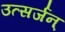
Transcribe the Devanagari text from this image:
उत्सर्जन्